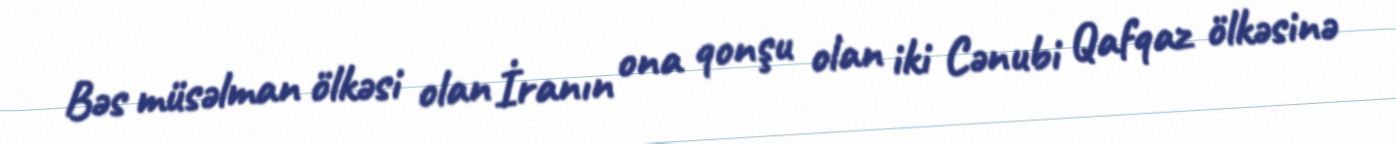
Bəs müsəlman ölkəsi olan İranın ona qonşu olan iki Cənubi Qafqaz ölkəsinə